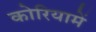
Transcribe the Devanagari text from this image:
कोरियामें